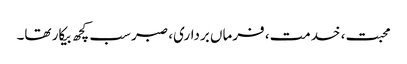
محبت، خدمت، فرماں برداری، صبر سب کچھ بیکار تھا۔